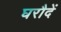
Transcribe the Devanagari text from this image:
घरौदें